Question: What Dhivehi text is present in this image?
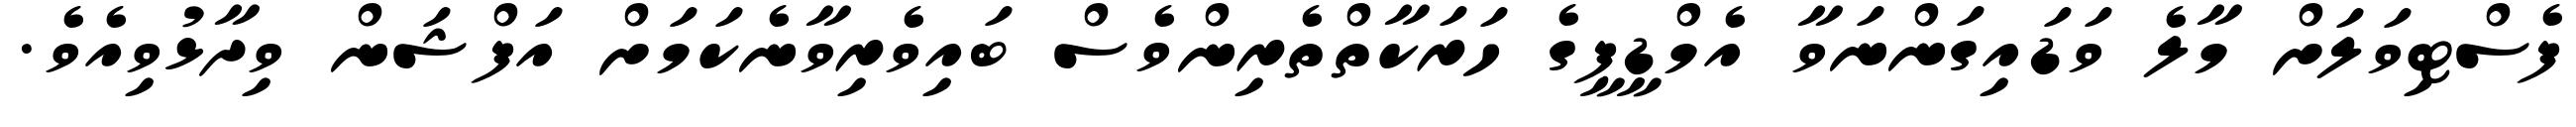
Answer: ފެސްޓިވަލަށް މާލެ ވަޑައިގަންނަވާ އެމްޑީޕީގެ ހަރަކާތްތެރިންވެސް ބައިވެރިވާނެކަމަށް އަފްޝަން ވިދާޅުވިއެވެ.